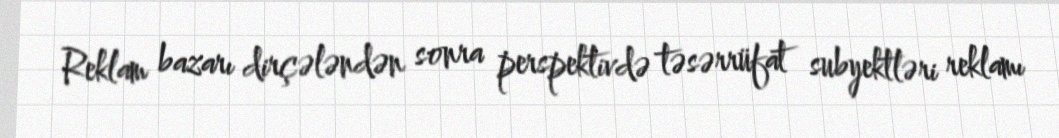
Reklam bazarı dirçələndən sonra perspektivdə təsərrüfat subyektləri reklamı